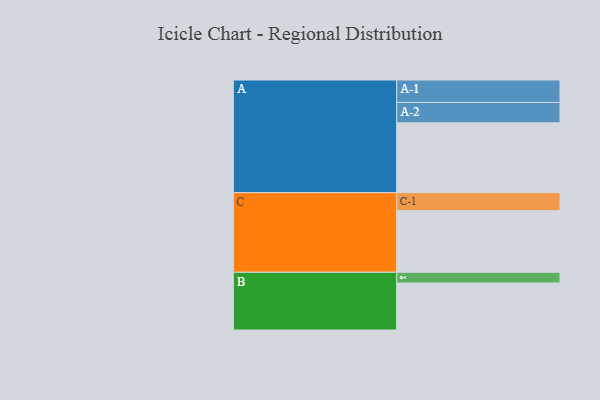
{"axis": {"x": "Segment", "y": "Value"}, "legend": ["", "A", "B", "C"], "data": [{"x": "A", "y": 594, "type": ""}, {"x": "B", "y": 400, "type": ""}, {"x": "C", "y": 524, "type": ""}, {"x": "A-1", "y": 191, "type": "A"}, {"x": "A-2", "y": 173, "type": "A"}, {"x": "B-1", "y": 91, "type": "B"}, {"x": "C-1", "y": 154, "type": "C"}]}